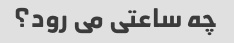
چه ساعتی می رود؟